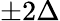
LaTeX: \pm 2\Delta